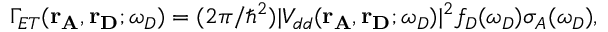
\Gamma _ { E T } ( \mathbf { r _ { A } } , \mathbf { r _ { D } } ; \omega _ { D } ) = ( 2 \pi / \hbar ^ { 2 } ) | V _ { d d } ( \mathbf { r _ { A } } , \mathbf { r _ { D } } ; \omega _ { D } ) | ^ { 2 } f _ { D } ( \omega _ { D } ) \sigma _ { A } ( \omega _ { D } ) ,